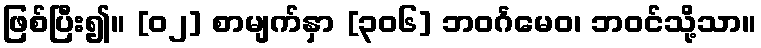
ဖြစ်ပြီး၍။ [၀၂] စာမျက်နှာ [၃၀၆] ဘဝင်္ဂမေဝ၊ ဘဝင်သို့သာ။